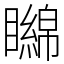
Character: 矊